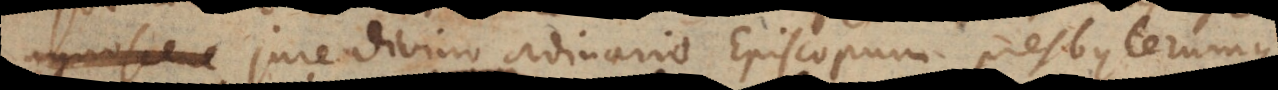
ipso jure divino ordinario Episcopum presbyterumque